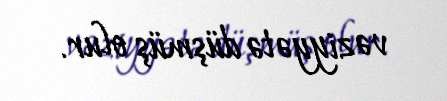
vəziyyətə düşmüş olur.